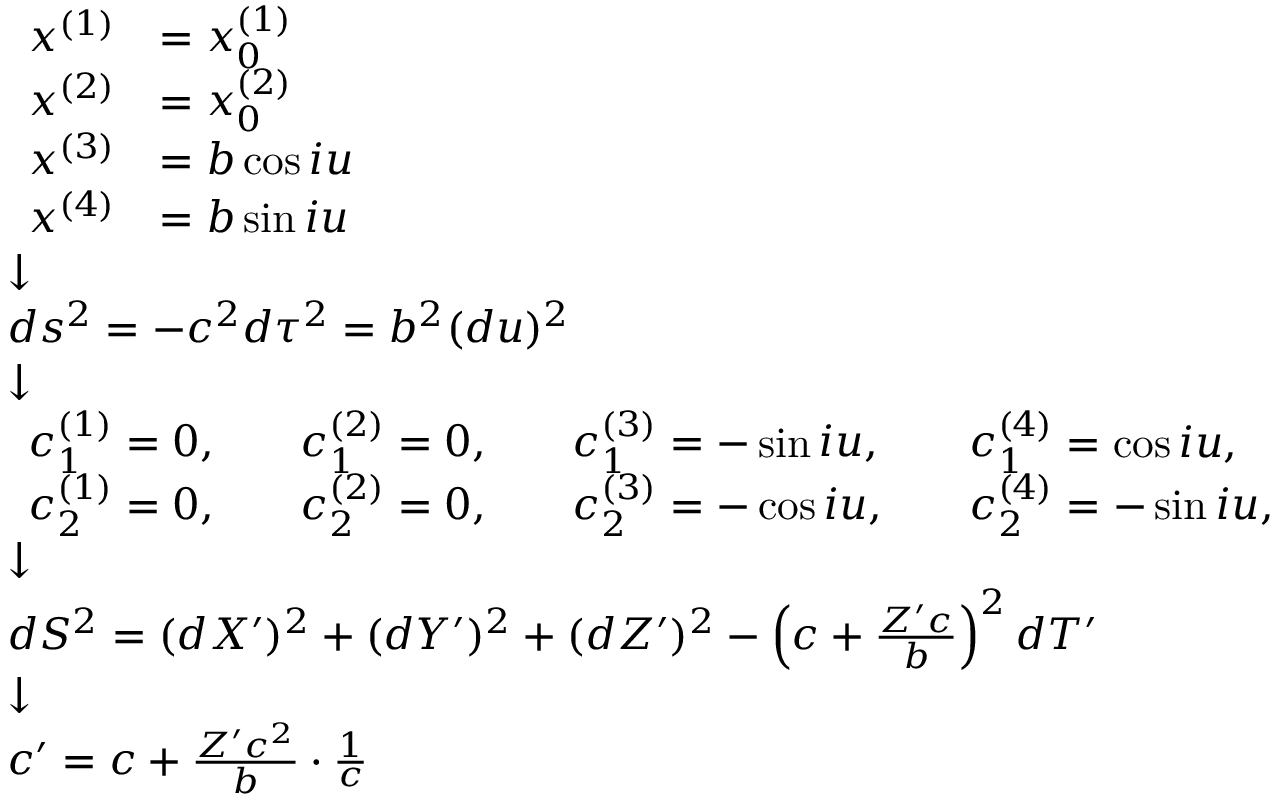
{ \scriptstyle { \begin{array} { l } { { \begin{array} { r l } { x ^ { ( 1 ) } } & { = x _ { 0 } ^ { ( 1 ) } } \\ { x ^ { ( 2 ) } } & { = x _ { 0 } ^ { ( 2 ) } } \\ { x ^ { ( 3 ) } } & { = b \cos i u } \\ { x ^ { ( 4 ) } } & { = b \sin i u } \end{array} } } \\ { { \boldsymbol { \downarrow } } } \\ { d s ^ { 2 } = - c ^ { 2 } d \tau ^ { 2 } = b ^ { 2 } ( d u ) ^ { 2 } } \\ { { \boldsymbol { \downarrow } } } \\ { { \begin{array} { l l l l l l l } { c _ { 1 } ^ { ( 1 ) } = 0 , } & & { c _ { 1 } ^ { ( 2 ) } = 0 , } & & { c _ { 1 } ^ { ( 3 ) } = - \sin i u , } & & { c _ { 1 } ^ { ( 4 ) } = \cos i u , } \\ { c _ { 2 } ^ { ( 1 ) } = 0 , } & & { c _ { 2 } ^ { ( 2 ) } = 0 , } & & { c _ { 2 } ^ { ( 3 ) } = - \cos i u , } & & { c _ { 2 } ^ { ( 4 ) } = - \sin i u , } \end{array} } } \\ { { \boldsymbol { \downarrow } } } \\ { d S ^ { 2 } = ( d X ^ { \prime } ) ^ { 2 } + ( d Y ^ { \prime } ) ^ { 2 } + ( d Z ^ { \prime } ) ^ { 2 } - \left( c + { \frac { Z ^ { \prime } c } { b } } \right) ^ { 2 } d T ^ { \prime } } \\ { { \boldsymbol { \downarrow } } } \\ { c ^ { \prime } = c + { \frac { Z ^ { \prime } c ^ { 2 } } { b } } \cdot { \frac { 1 } { c } } } \end{array} } }